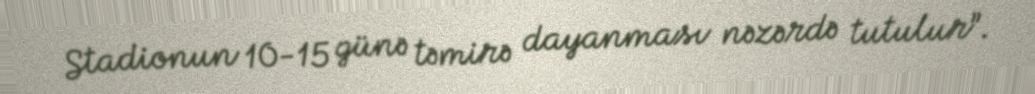
Stadionun 10-15 günə təmirə dayanması nəzərdə tutulur”.